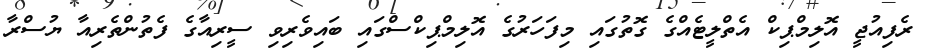
ރެފިއުޖީ އޮލިމްޕިކް އެތްލީޓެއްގެ ގޮތުގައި މިފަހަރުގެ އޮލިމްޕިކްސްގައި ބައިވެރިވި ސީރިއާގެ ފެތުންތެރިއާ ޔުސްރާ